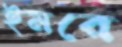
ইমরে